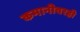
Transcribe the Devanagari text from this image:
कमानीवरही